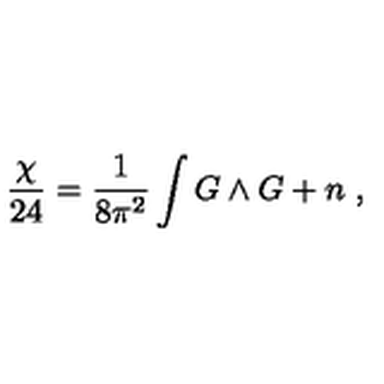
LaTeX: { \frac { \chi } { 2 4 } } = { \frac { 1 } { 8 \pi ^ { 2 } } } \int G \wedge G + n \ ,